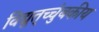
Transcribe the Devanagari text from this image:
विद्युत्‌च्चुंबकीय